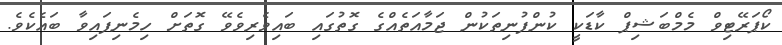
ކޯޕަރޭޓިވް މެމްބަޝިޕް ކާޑަކީ ކުންފުނިތަކުން ޖަމާއަތެއްގެ ގޮތުގައި ބައިވެރިވެވޭ ގޮތަށް ހިމެނިފައިވާ ބައެކެވެ.